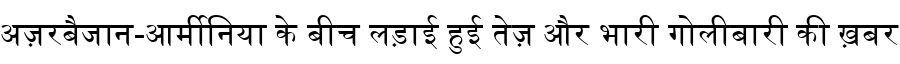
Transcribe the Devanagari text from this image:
अज़रबैजान-आर्मीनिया के बीच लड़ाई हुई तेज़ और भारी गोलीबारी की ख़बर